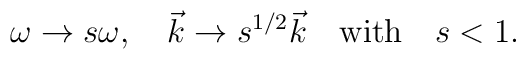
\omega\to s\omega,\quad \vec k\to s^{1/2} \vec k\quad {\rm with} \quad s<1.